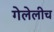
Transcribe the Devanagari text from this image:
गेलेलीच